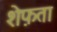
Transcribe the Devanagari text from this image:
शेफ़ता